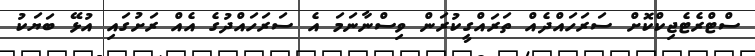
ސްޓްރެޓެޖިކްކޮށް ސަރަހައްދެއް ތަރައްގީކުރަން ވިސްނާނަމަ އެ ސަރަހައްދުގެ އެއް ރަށުގައި އުޅޭ ބަޔަކު